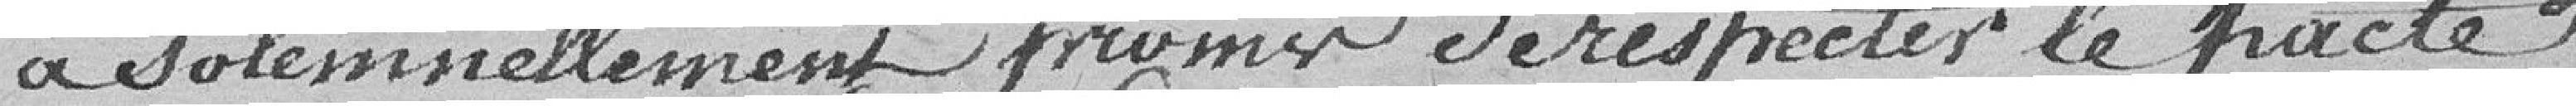
a solennellement promis de respecter le pacte